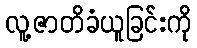
လူ့ဇာတိခံယူခြင်းကို